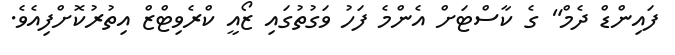
ފައިންޑް ދެމް" ގެ ކާސްޓަށް އެންމެ ފަހު ވަގުތުގައި ޒޯއީ ކްރެވިޓްޒް އިތުރުކޮށްފިއެވެ.